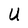
Character: U